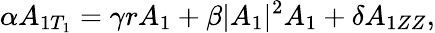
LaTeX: \alpha A_{1T_{1}}=\gamma rA_{1}+\beta|A_{1}|^{2}A_{1}+\delta A_{1ZZ},